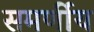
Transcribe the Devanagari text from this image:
समर्णीय